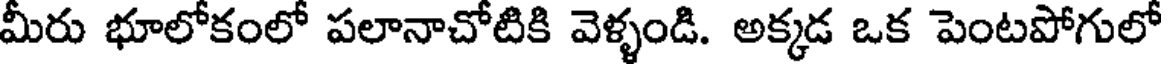
మీరు భూలోకంలో పలానాచోటికి వెళ్ళండి. అక్కడ ఒక పెంటపోగులో